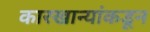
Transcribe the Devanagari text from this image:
कारखान्यांकडून